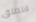
لاتطلق